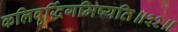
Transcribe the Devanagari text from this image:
कलिवृर्द्धिगमिष्यति॥३२॥